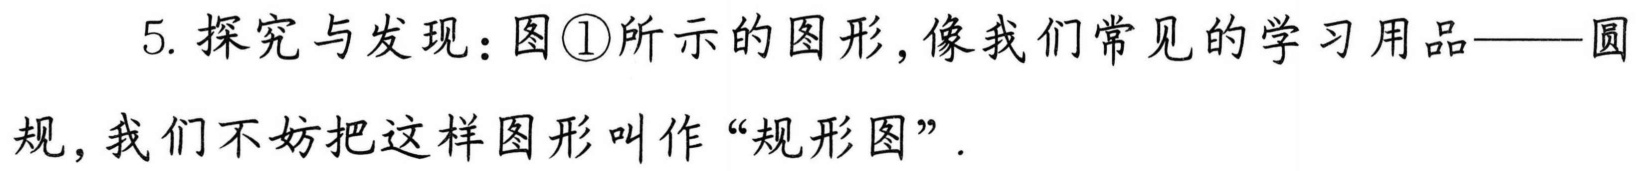
5. 探究与发现：图\textcircled{1}所示的图形，像我们常见的学习用品——圆
规，我们不妨把这样图形叫作“规形图”.